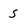
Character: S